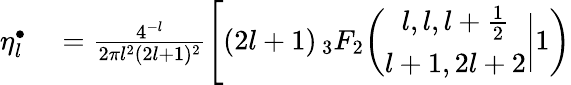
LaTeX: \begin{array}{rl}{\eta_{l}^{\bullet}}&{{}=\frac{4^{-l}}{2\pi l^{2}(2l+1)^{2}}\Biggl[(2l+1)\, _{3}F_{2}\biggl(\begin{array}{c}{l,l,l+\frac{1}{2}}\\ {l+1,2l+2}\end{array}\bigg|1\biggr)}\end{array}